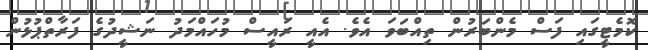
ކޮމެޓީގައި ފަސް މެންބަރުން ތިއްބަވަ އެވެ. އެއީ ރައީސް މުހައްމަދު ނަޝީދުގެ ފަރާތްޕުޅުން